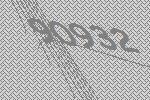
90932